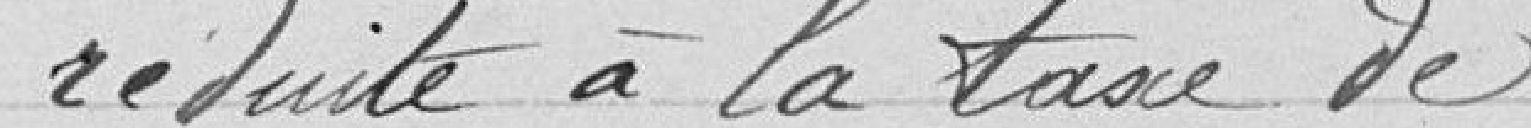
réduite à la taxe de